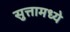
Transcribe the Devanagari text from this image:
सुत्तामध्ये